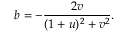
b = - \frac { 2 v } { ( 1 + u ) ^ { 2 } + v ^ { 2 } } .